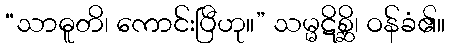
“သာဓူတိ၊ ကောင်းပြီဟု။” သမ္မဋိစ္ဆိ၊ ဝန်ခံ၏။